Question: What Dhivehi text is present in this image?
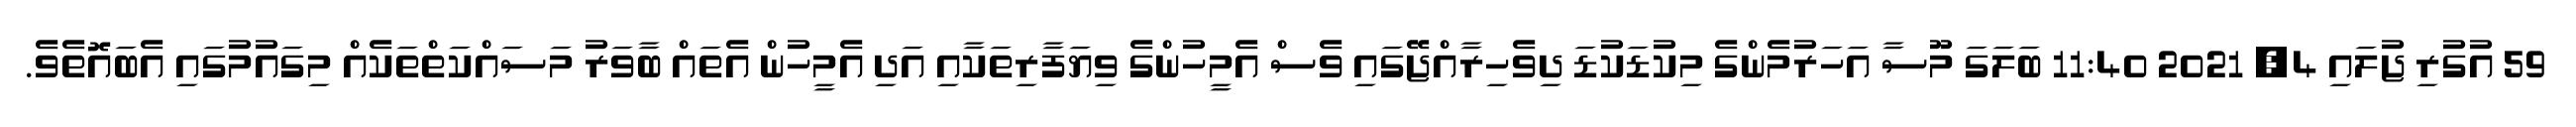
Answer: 59 އުގުރި ޖުލައި 4, 2021 11:40 ބަލަގަ މޫސާ އަހަރުމެންގެ މިކުޑަކުޑަ ދިވެހިރާއްޖޭގައި ވެސް އެމީހުންގެ ވިޔަފާރިތަކާއި އަދި އެމީހުން އެތައް ބާވަރު މަސައްކަތްތަކެއް މިގައުމުގައި އެބައޮތެވެ.